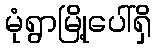
မုံရွာမြို့ပေါ်ရှိ